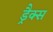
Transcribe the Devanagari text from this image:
ड्रैक्स